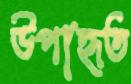
উপাহৃত